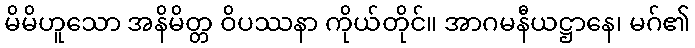
မိမိဟူသော အနိမိတ္တ ဝိပဿနာ ကိုယ်တိုင်။ အာဂမနီယဋ္ဌာနေ၊ မဂ်၏